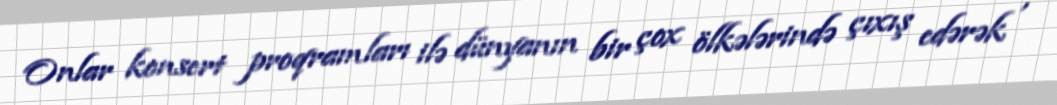
Onlar konsert proqramları ilə dünyanın bir çox ölkələrində çıxış edərək ,